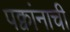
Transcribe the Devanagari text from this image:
पक्वांनाची